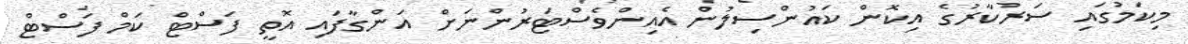
މިކަމުގައި ސަރުކާރުގެ އިކޮން ކައުންސިލުން އެއިންވެސްޓަރުންނަށް އަންގާފައި އޮތީ ފަސްޓް ކަމް ފަސްޓް